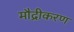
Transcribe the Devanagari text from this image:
मौद्रीकरण